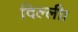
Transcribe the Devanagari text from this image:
दिल्‍ली।